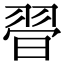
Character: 𦐲